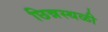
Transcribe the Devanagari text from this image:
छिन्नस्थळी